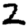
Digit: 2